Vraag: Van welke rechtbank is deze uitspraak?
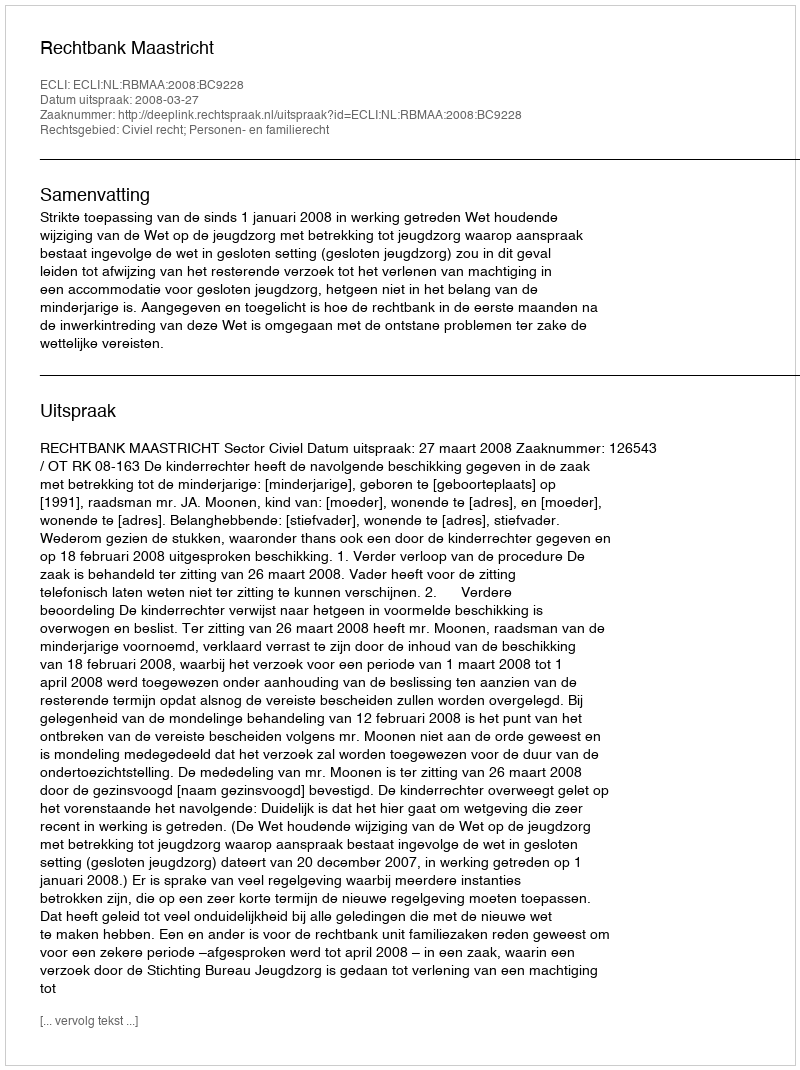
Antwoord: Rechtbank Maastricht